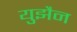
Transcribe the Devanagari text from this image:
युझैन